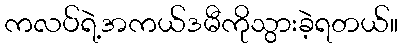
ကလပ်ရဲ့အကယ်ဒမီကိုသွားခဲ့ရတယ်။